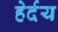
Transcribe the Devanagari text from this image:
हेर्दय